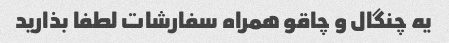
یه چنگال و چاقو همراه سفارشات لطفا بذارید